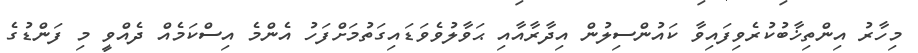
މިހާރު އިންތިޚާބުކުރެވިފައިވާ ކައުންސިލުން އިދާރާއާއި ޙަވާލުވެވަޑައިގަތުމަށްފަހު އެންމެ އިސްކަމެއް ދެއްވީ މި ފަންޑުގެ